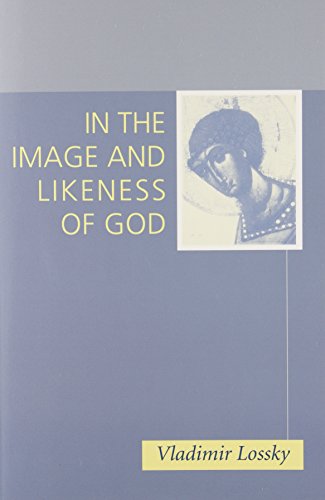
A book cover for In the Image and Likeness of God; Vladimir Lossky; Christian Books & Bibles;